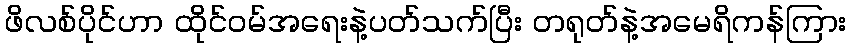
ဖိလစ်ပိုင်ဟာ ထိုင်ဝမ်အရေးနဲ့ပတ်သက်ပြီး တရုတ်နဲ့အမေရိကန်ကြား